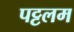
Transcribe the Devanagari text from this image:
पट्टलम